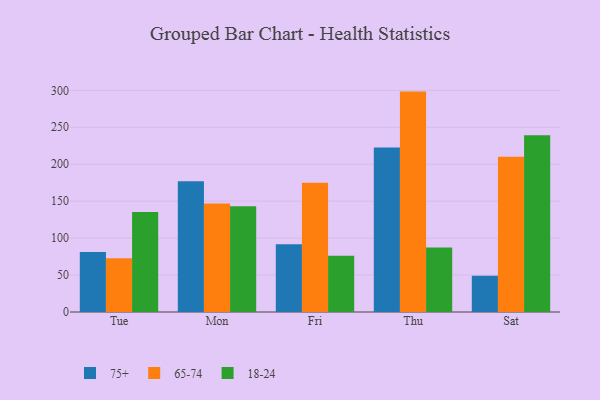
{"axis": {"x": "Day", "y": "Page Views"}, "legend": ["18-24", "65-74", "75+"], "data": [{"x": "Tue", "y": 81.3, "type": "75+"}, {"x": "Tue", "y": 72.8, "type": "65-74"}, {"x": "Tue", "y": 135.4, "type": "18-24"}, {"x": "Mon", "y": 177.1, "type": "75+"}, {"x": "Mon", "y": 146.9, "type": "65-74"}, {"x": "Mon", "y": 143.0, "type": "18-24"}, {"x": "Fri", "y": 91.7, "type": "75+"}, {"x": "Fri", "y": 174.9, "type": "65-74"}, {"x": "Fri", "y": 76.2, "type": "18-24"}, {"x": "Thu", "y": 222.5, "type": "75+"}, {"x": "Thu", "y": 298.3, "type": "65-74"}, {"x": "Thu", "y": 87.2, "type": "18-24"}, {"x": "Sat", "y": 48.9, "type": "75+"}, {"x": "Sat", "y": 210.0, "type": "65-74"}, {"x": "Sat", "y": 239.3, "type": "18-24"}]}